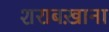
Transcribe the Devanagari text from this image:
शराबख़ाना